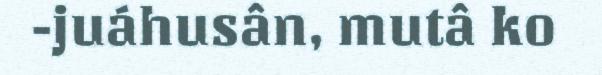
-juáhusân, mutâ ko